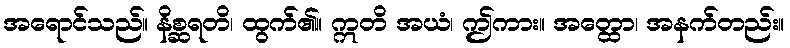
အရောင်သည်။ နိစ္ဆရတိ၊ ထွက်၏။ ဣတိ အယံ၊ ဤကား။ အတ္ထော၊ အနက်တည်း။